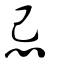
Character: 忌